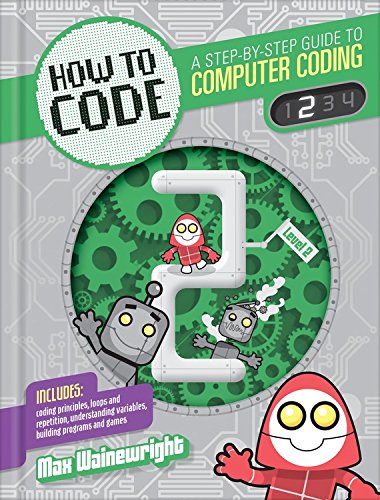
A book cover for Level 2 (How to Code: A Step by Step Guide to Computer Coding); Max Wainewright; Children's Books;